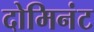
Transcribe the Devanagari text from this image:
दोमिनंट